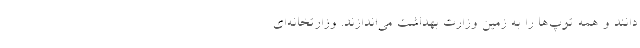
‌دانند و همه توپ‌ها را به زمین وزارت بهداشت می‌اندازند. وزارتخانه‌ای